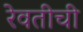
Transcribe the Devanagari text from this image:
रेवतीची